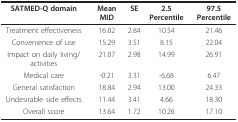
| SATMED-Q domain | Mean MID | SE | 2.5 Percentile | 97.5 Percentile |
 | --- | --- | --- | --- | --- |
 | Treatment effectiveness | 16.02 | 2.84 | 10.54 | 21.46 |
 | Convenience of use | 15.29 | 3.51 | 8.15 | 22.04 |
 | Impact on daily living/activities | 21.07 | 2.98 | 14.99 | 26.91 |
 | Medical care | -0.21 | 3.31 | -6.68 | 6.47 |
 | General satisfaction | 18.84 | 2.94 | 13.00 | 24.33 |
 | Undesirable side effects | 11.44 | 3.41 | 4.66 | 18.30 |
 | Overall score | 13.64 | 1.72 | 10.26 | 17.10 |